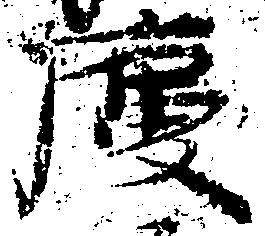
慶